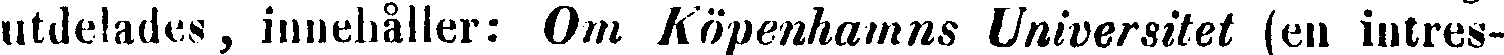
utdelades, innehåller: Om Köpenhamns Universitet (en intres-